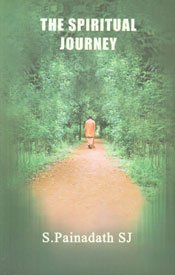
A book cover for The Spiritual Journey; S. Painadath; Religion & Spirituality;